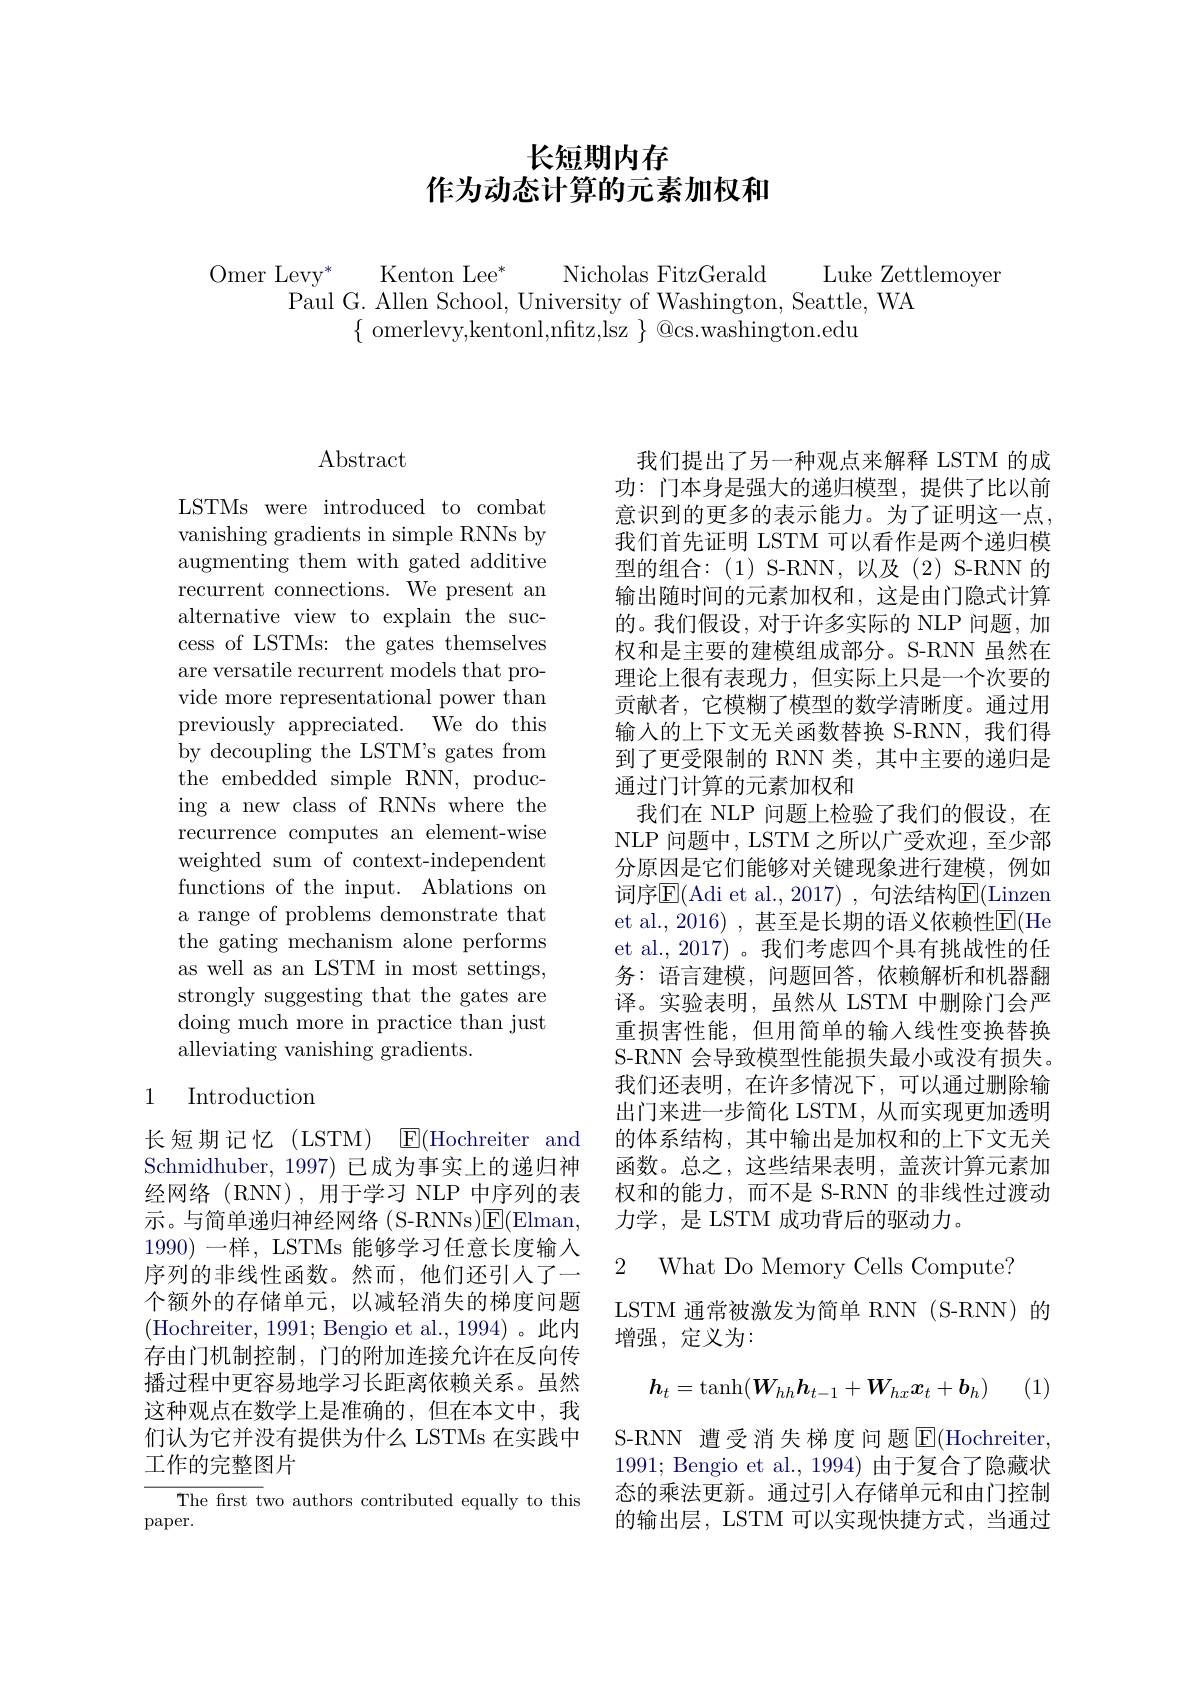
# 长短期内存作为动态计算的元素加权和

$\begin{array}{c}{\mathrm{Omer~Levy^*~Kenton~Lee^*~Nicholas~FitzGerald~Luke~Zettlemoyen}}\\{\mathrm{Paul~G.~Allen~School,~University~of~Washington,~Seattle,~WA}}\\{\mathrm{Paul~G.~Allen~School,~University~of~Washington,~Seattle,~WA}}\end{array}$
$\{$ omerlevy,kentonl,nftz,lsz $\}$ @cs.washington.edu

## $\operatorname{Abstract}$

LSTMs were introduced to combat vanishing gradients in simple RNNs by augmenting them with gated additive recurrent connections. We present an alternative view to explain the success of LSTMs: the gates themselves are versatile recurrent models that provide more representational power than previously appreciated. We do this by decoupling the LSTM's gates from the embedded simple RNN, producing a new class of RNNs where the recurrence computes an element-wise weighted sum of context-independent functions of the input. Ablations on a range of problems demonstrate that the gating mechanism alone performs as well as an LSTM in most settings, strongly suggesting that the gates are doing much more in practice than just alleviating vanishing gradients.

### 1 Introduction

长短期记忆(LSTM) E(Hochreiter and Schmidhuber, 1997) 已成为事实上的递归神经网络(RNN),用于学习 NLP 中序列的表示。与简单递归神经网络(S-RNNs)E(Elman, 1990)一样，LSTMs 能够学习任意长度输入序列的非线性函数。然而，他们还引入了一个额外的存储单元，以减轻消失的梯度问题(Hochreiter, 1991; Bengio et al., 1994)。此内存由门机制控制，门的附加连接允许在反向传播过程中更容易地学习长距离依赖关系。虽然这种观点在数学上是准确的，但在本文中，我们认为它并没有提供为什么 LSTMs 在实践中工作的完整图片
${\overline{\text{The frst t}}}$wo authors contributed equally to this

$\operatorname{paper}.$

我们提出了另一种观点来解释 LSTM 的成功：门本身是强大的递归模型，提供了比以前意识到的更多的表示能力。为了证明这一点， 我们首先证明 LSTM 可以看作是两个递归模型的组合：(1)S-RNN,以及(2)S-RNN的输出随时间的元素加权和，这是由门隐式计算的。我们假设，对于许多实际的 NLP 问题，加权和是主要的建模组成部分。S-RNN 虽然在理论上很有表现力，但实际上只是一个次要的贡献者，它模糊了模型的数学清晰度。通过用输入的上下文无关函数替换 S-RNN,我们得到了更受限制的 RNN 类，其中主要的递归是通过门计算的元素加权和
我们在 NLP 问题上检验了我们的假设，在NLP 问题中，LSTM 之所以广受欢迎，至少部分原因是它们能够对关键现象进行建模，例如词序$\overline{\mathrm{E}}($Adi et al.,2017), 句法结构$\overline\mathrm{E}($Linzen et al.,2016) , 甚至是长期的语义依赖性$\overline{\mathrm{E}}($He et al., 2017)。我们考虑四个具有挑战性的任务：语言建模，问题回答，依赖解析和机器翻译。实验表明，虽然从 LSTM 中删除门会严重损害性能，但用简单的输入线性变换替换S-RNN 会导致模型性能损失最小或没有损失。我们还表明，在许多情况下，可以通过删除输出门来进一步简化 LSTM, 从而实现更加透明的体系结构，其中输出是加权和的上下文无关函数。总之，这些结果表明，盖茨计算元素加权和的能力，而不是 S-RNN 的非线性过渡动力学，是 LSTM 成功背后的驱动力。
2 What Do Memory Cells Compute?

LSTM 通常被激发为简单 RNN (S-RNN) 的

增强，定义为：

(1)
$$h_t=\tanh(\boldsymbol{W}_{hh}\boldsymbol{h}_{t-1}+\boldsymbol{W}_{hx}\boldsymbol{x}_t+\boldsymbol{b}_h)$$
S-RNN 遭受消失梯度问题$\operatorname{\overline{E}}($Hochreiter, 1991; Bengio et al., 1994) 由于复合了隐藏状态的乘法更新。通过引人存储单元和由门控制的输出层，LSTM 可以实现快捷方式，当通过